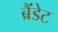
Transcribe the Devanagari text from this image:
ब्रैंडेट